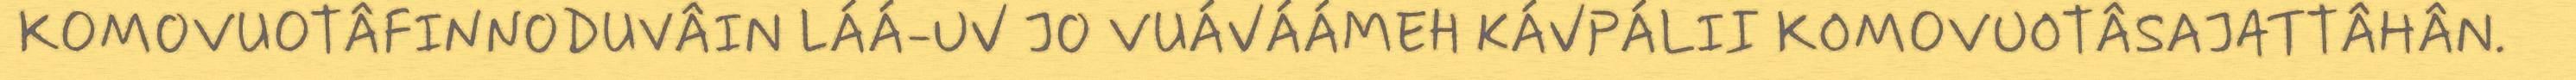
KOMOVUOTÂFINNODUVÂIN LÁÁ-UV JO VUÁVÁÁMEH KÁVPÁLII KOMOVUOTÂSAJATTÂHÂN.